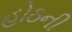
હોઠની